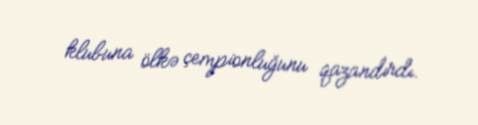
klubuna ölkə çempionluğunu qazandırdı.